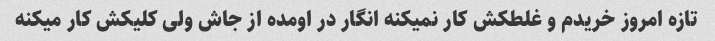
تازه امروز خریدم و غلطکش کار نمیکنه انگار در اومده از جاش ولی کلیکش کار میکنه